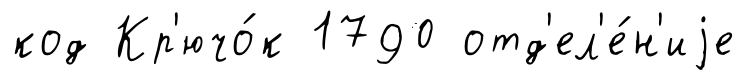
код Кр'ючо́к 1790 отд'ел'е́н'иjе